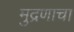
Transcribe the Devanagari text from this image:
मुद्रणाचा